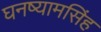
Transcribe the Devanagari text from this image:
घनष्यामसिंह